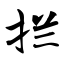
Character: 拦